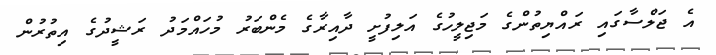
އެ ޖަލްސާގައި ރައްޔިތުންގެ މަޖިލީހުގެ އަލިފުށީ ދާއިރާގެ މެންބަރު މުހައްމަދު ރަޝީދުގެ އިތުރުން